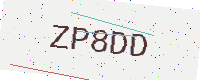
Text: ZP8DD